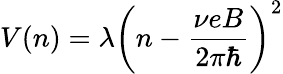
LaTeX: V(n)=\lambda\left(n-\frac{\nu eB}{2\pi\hbar}\right)^{2}